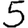
Digit: 5